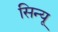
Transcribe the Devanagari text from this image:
सिन्यू